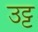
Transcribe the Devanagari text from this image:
उट्ट